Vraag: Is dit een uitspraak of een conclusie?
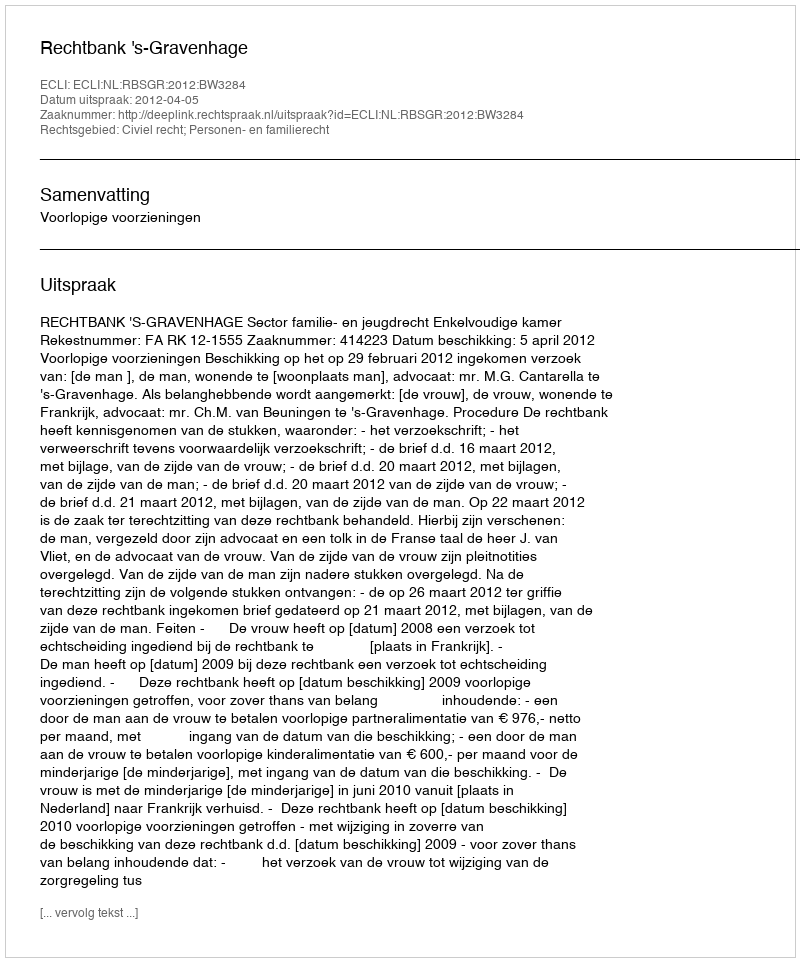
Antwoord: Uitspraak